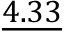
\underline { { 4 . 3 3 } }